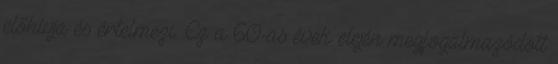
előhívja és értelmezi. Ez a 60-as évek elején megfogalmazódott